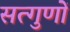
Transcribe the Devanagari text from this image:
सत्गुणों